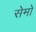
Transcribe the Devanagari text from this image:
सेमो